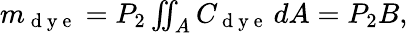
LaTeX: \begin{array}{r}{m_{\mathrm{~d~y~e~}}=P_{2}\iint_{A}C_{\mathrm{~d~y~e~}}\, dA=P_{2}B,}\end{array}